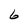
Character: 6